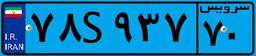
۷۸S۹۳۷۷۰